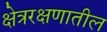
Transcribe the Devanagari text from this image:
क्षेत्ररक्षणातील